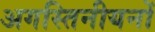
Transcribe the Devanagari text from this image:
अगस्तिनीयनों